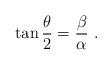
LaTeX: \begin{align*}\tan\frac{\theta}{2} = \frac{\beta}{\alpha} \ .\end{align*}